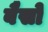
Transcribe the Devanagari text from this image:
बैसो